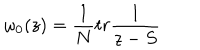
LaTeX: \omega _ { 0 } ( z ) = { \frac { 1 } { N } } t r { \frac { 1 } { z - S } }